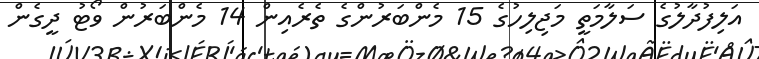
އަލިފުދާލުގެ ސަލާމަތީ މަޖިލިހުގެ 15 މެންބަރުންގެ ތެރެއިން 14 މެންބަރުން ވޯޓު ދީގެން